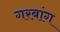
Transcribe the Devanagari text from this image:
गरबांग